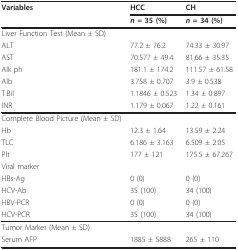
| Variables | HCC | CH |
 |  | n = 35 (%) | n = 34 (%) |
 | --- | --- | --- |
 | Liver Function Test (Mean ± SD) |  |  |
 | ALT | 77.2 ± 76.2 | 74.33 ± 30.97 |
 | AST | 70.577 ± 49.4 | 81.66 ± 35.35 |
 | Alk ph | 181.1 ± 174.2 | 111.57 ± 61.58 |
 | Alb | 3.758 ± 0.707 | 3.9 ± 0.538 |
 | T.Bil | 1.1846 ± 0.523 | 1.34 ± 0.897 |
 | INR | 1.179 ± 0.067 | 1.22 ± 0.161 |
 | Complete Blood Picture (Mean ± SD) |  |  |
 | Hb | 12.3 ± 1.64 | 13.59 ± 2.24 |
 | TLC | 6.186 ± 3.163 | 6.509 ± 2.05 |
 | Plt | 177 ± 121 | 175.5 ± 67.267 |
 | Viral marker |  |  |
 | HBs-Ag | 0 (0) | 0 (0) |
 | HCV-Ab | 35 (100) | 34 (100) |
 | HBV-PCR | 0 (0) | 0 (0) |
 | HCV-PCR | 35 (100) | 34 (100) |
 | Tumor Marker (Mean ± SD) |  |  |
 | Serum AFP | 1885 ± 5888 | 265 ± 110 |